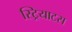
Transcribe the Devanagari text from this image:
स्ट्रियाटस